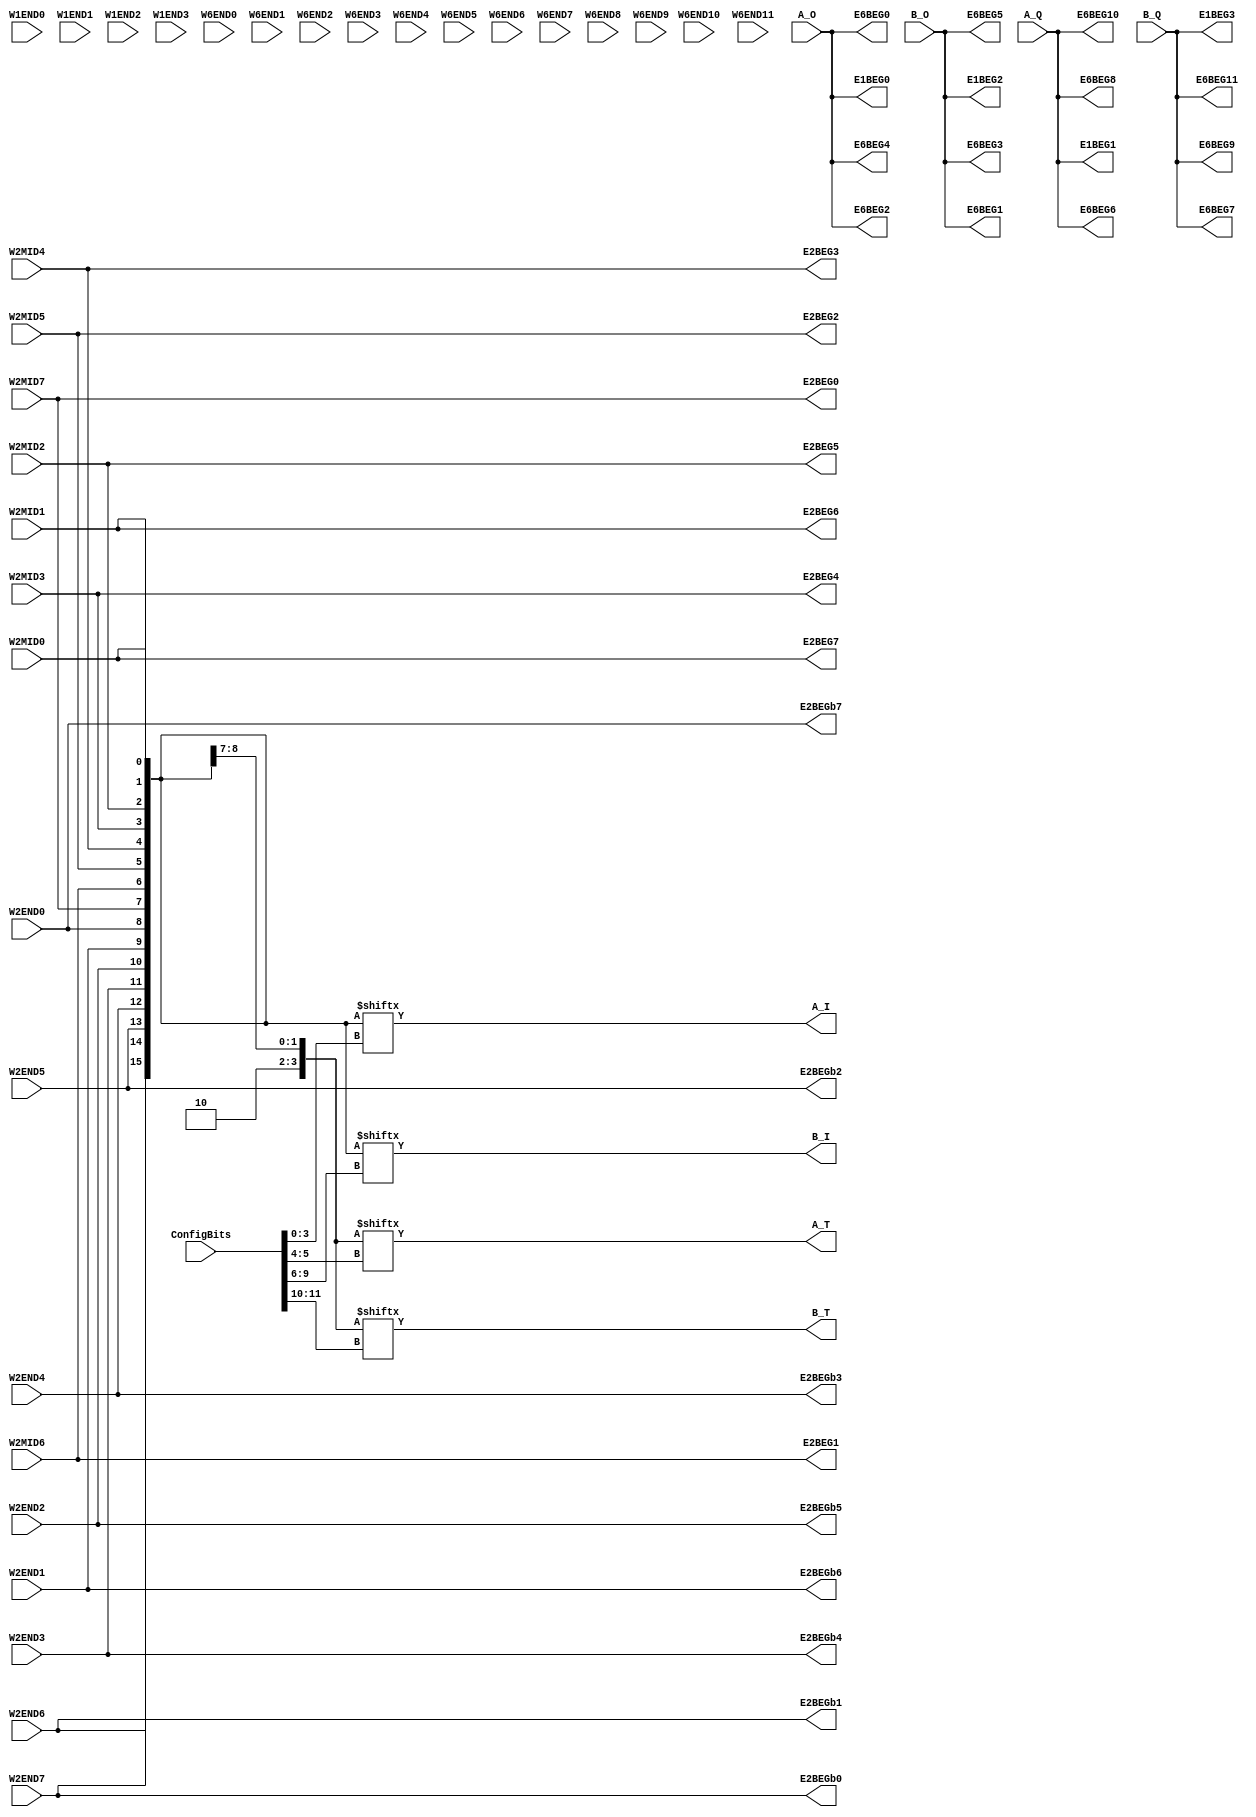
// Copyright 2021 University of Manchester
//
// Licensed under the Apache License, Version 2.0 (the "License");
// you may not use this file except in compliance with the License.
// You may obtain a copy of the License at
//
//      http://www.apache.org/licenses/LICENSE-2.0
//
// Unless required by applicable law or agreed to in writing, software
// distributed under the License is distributed on an "AS IS" BASIS,
// WITHOUT WARRANTIES OR CONDITIONS OF ANY KIND, either express or implied.
// See the License for the specific language governing permissions and
// limitations under the License.

//NumberOfConfigBits:12
module W_IO_switch_matrix (W1END0, W1END1, W1END2, W1END3, W2MID0, W2MID1, W2MID2, W2MID3, W2MID4, W2MID5, W2MID6, W2MID7, W2END0, W2END1, W2END2, W2END3, W2END4, W2END5, W2END6, W2END7, W6END0, W6END1, W6END2, W6END3, W6END4, W6END5, W6END6, W6END7, W6END8, W6END9, W6END10, W6END11, A_O, A_Q, B_O, B_Q, E1BEG0, E1BEG1, E1BEG2, E1BEG3, E2BEG0, E2BEG1, E2BEG2, E2BEG3, E2BEG4, E2BEG5, E2BEG6, E2BEG7, E2BEGb0, E2BEGb1, E2BEGb2, E2BEGb3, E2BEGb4, E2BEGb5, E2BEGb6, E2BEGb7, E6BEG0, E6BEG1, E6BEG2, E6BEG3, E6BEG4, E6BEG5, E6BEG6, E6BEG7, E6BEG8, E6BEG9, E6BEG10, E6BEG11, A_I, A_T, B_I, B_T, ConfigBits);
	parameter NoConfigBits = 12;
	 // switch matrix inputs
	input W1END0;
	input W1END1;
	input W1END2;
	input W1END3;
	input W2MID0;
	input W2MID1;
	input W2MID2;
	input W2MID3;
	input W2MID4;
	input W2MID5;
	input W2MID6;
	input W2MID7;
	input W2END0;
	input W2END1;
	input W2END2;
	input W2END3;
	input W2END4;
	input W2END5;
	input W2END6;
	input W2END7;
	input W6END0;
	input W6END1;
	input W6END2;
	input W6END3;
	input W6END4;
	input W6END5;
	input W6END6;
	input W6END7;
	input W6END8;
	input W6END9;
	input W6END10;
	input W6END11;
	input A_O;
	input A_Q;
	input B_O;
	input B_Q;
	output E1BEG0;
	output E1BEG1;
	output E1BEG2;
	output E1BEG3;
	output E2BEG0;
	output E2BEG1;
	output E2BEG2;
	output E2BEG3;
	output E2BEG4;
	output E2BEG5;
	output E2BEG6;
	output E2BEG7;
	output E2BEGb0;
	output E2BEGb1;
	output E2BEGb2;
	output E2BEGb3;
	output E2BEGb4;
	output E2BEGb5;
	output E2BEGb6;
	output E2BEGb7;
	output E6BEG0;
	output E6BEG1;
	output E6BEG2;
	output E6BEG3;
	output E6BEG4;
	output E6BEG5;
	output E6BEG6;
	output E6BEG7;
	output E6BEG8;
	output E6BEG9;
	output E6BEG10;
	output E6BEG11;
	output A_I;
	output A_T;
	output B_I;
	output B_T;
	//global
	input [NoConfigBits-1:0] ConfigBits;

	parameter GND0 = 1'b0;
	parameter GND = 1'b0;
	parameter VCC0 = 1'b1;
	parameter VCC = 1'b1;
	parameter VDD0 = 1'b1;
	parameter VDD = 1'b1;
	
	wire [1 -1:0]E1BEG0_input;
	wire [1 -1:0]E1BEG1_input;
	wire [1 -1:0]E1BEG2_input;
	wire [1 -1:0]E1BEG3_input;
	wire [1 -1:0]E2BEG0_input;
	wire [1 -1:0]E2BEG1_input;
	wire [1 -1:0]E2BEG2_input;
	wire [1 -1:0]E2BEG3_input;
	wire [1 -1:0]E2BEG4_input;
	wire [1 -1:0]E2BEG5_input;
	wire [1 -1:0]E2BEG6_input;
	wire [1 -1:0]E2BEG7_input;
	wire [1 -1:0]E2BEGb0_input;
	wire [1 -1:0]E2BEGb1_input;
	wire [1 -1:0]E2BEGb2_input;
	wire [1 -1:0]E2BEGb3_input;
	wire [1 -1:0]E2BEGb4_input;
	wire [1 -1:0]E2BEGb5_input;
	wire [1 -1:0]E2BEGb6_input;
	wire [1 -1:0]E2BEGb7_input;
	wire [1 -1:0]E6BEG0_input;
	wire [1 -1:0]E6BEG1_input;
	wire [1 -1:0]E6BEG2_input;
	wire [1 -1:0]E6BEG3_input;
	wire [1 -1:0]E6BEG4_input;
	wire [1 -1:0]E6BEG5_input;
	wire [1 -1:0]E6BEG6_input;
	wire [1 -1:0]E6BEG7_input;
	wire [1 -1:0]E6BEG8_input;
	wire [1 -1:0]E6BEG9_input;
	wire [1 -1:0]E6BEG10_input;
	wire [1 -1:0]E6BEG11_input;
	wire [16 -1:0]A_I_input;
	wire [4 -1:0]A_T_input;
	wire [16 -1:0]B_I_input;
	wire [4 -1:0]B_T_input;

	wire [4-1:0] DEBUG_select_A_I;
	wire [2-1:0] DEBUG_select_A_T;
	wire [4-1:0] DEBUG_select_B_I;
	wire [2-1:0] DEBUG_select_B_T;

// The configuration bits (if any) are just a long shift register

// This shift register is padded to an even number of flops/latches
// switch matrix multiplexer  E1BEG0 		MUX-1
	assign E1BEG0 = A_O;
// switch matrix multiplexer  E1BEG1 		MUX-1
	assign E1BEG1 = A_Q;
// switch matrix multiplexer  E1BEG2 		MUX-1
	assign E1BEG2 = B_O;
// switch matrix multiplexer  E1BEG3 		MUX-1
	assign E1BEG3 = B_Q;
// switch matrix multiplexer  E2BEG0 		MUX-1
	assign E2BEG0 = W2MID7;
// switch matrix multiplexer  E2BEG1 		MUX-1
	assign E2BEG1 = W2MID6;
// switch matrix multiplexer  E2BEG2 		MUX-1
	assign E2BEG2 = W2MID5;
// switch matrix multiplexer  E2BEG3 		MUX-1
	assign E2BEG3 = W2MID4;
// switch matrix multiplexer  E2BEG4 		MUX-1
	assign E2BEG4 = W2MID3;
// switch matrix multiplexer  E2BEG5 		MUX-1
	assign E2BEG5 = W2MID2;
// switch matrix multiplexer  E2BEG6 		MUX-1
	assign E2BEG6 = W2MID1;
// switch matrix multiplexer  E2BEG7 		MUX-1
	assign E2BEG7 = W2MID0;
// switch matrix multiplexer  E2BEGb0 		MUX-1
	assign E2BEGb0 = W2END7;
// switch matrix multiplexer  E2BEGb1 		MUX-1
	assign E2BEGb1 = W2END6;
// switch matrix multiplexer  E2BEGb2 		MUX-1
	assign E2BEGb2 = W2END5;
// switch matrix multiplexer  E2BEGb3 		MUX-1
	assign E2BEGb3 = W2END4;
// switch matrix multiplexer  E2BEGb4 		MUX-1
	assign E2BEGb4 = W2END3;
// switch matrix multiplexer  E2BEGb5 		MUX-1
	assign E2BEGb5 = W2END2;
// switch matrix multiplexer  E2BEGb6 		MUX-1
	assign E2BEGb6 = W2END1;
// switch matrix multiplexer  E2BEGb7 		MUX-1
	assign E2BEGb7 = W2END0;
// switch matrix multiplexer  E6BEG0 		MUX-1
	assign E6BEG0 = A_O;
// switch matrix multiplexer  E6BEG1 		MUX-1
	assign E6BEG1 = B_O;
// switch matrix multiplexer  E6BEG2 		MUX-1
	assign E6BEG2 = A_O;
// switch matrix multiplexer  E6BEG3 		MUX-1
	assign E6BEG3 = B_O;
// switch matrix multiplexer  E6BEG4 		MUX-1
	assign E6BEG4 = A_O;
// switch matrix multiplexer  E6BEG5 		MUX-1
	assign E6BEG5 = B_O;
// switch matrix multiplexer  E6BEG6 		MUX-1
	assign E6BEG6 = A_Q;
// switch matrix multiplexer  E6BEG7 		MUX-1
	assign E6BEG7 = B_Q;
// switch matrix multiplexer  E6BEG8 		MUX-1
	assign E6BEG8 = A_Q;
// switch matrix multiplexer  E6BEG9 		MUX-1
	assign E6BEG9 = B_Q;
// switch matrix multiplexer  E6BEG10 		MUX-1
	assign E6BEG10 = A_Q;
// switch matrix multiplexer  E6BEG11 		MUX-1
	assign E6BEG11 = B_Q;
// switch matrix multiplexer  A_I 		MUX-16
	assign A_I_input = {W2END7,W2END6,W2END5,W2END4,W2END3,W2END2,W2END1,W2END0,W2MID7,W2MID6,W2MID5,W2MID4,W2MID3,W2MID2,W2MID1,W2MID0};
	assign A_I = A_I_input[ConfigBits[3:0]];
 
// switch matrix multiplexer  A_T 		MUX-4
	assign A_T_input = {VCC0,GND0,W2END0,W2MID7};
	assign A_T = A_T_input[ConfigBits[5:4]];
 
// switch matrix multiplexer  B_I 		MUX-16
	assign B_I_input = {W2END7,W2END6,W2END5,W2END4,W2END3,W2END2,W2END1,W2END0,W2MID7,W2MID6,W2MID5,W2MID4,W2MID3,W2MID2,W2MID1,W2MID0};
	assign B_I = B_I_input[ConfigBits[9:6]];
 
// switch matrix multiplexer  B_T 		MUX-4
	assign B_T_input = {VCC0,GND0,W2END0,W2MID7};
	assign B_T = B_T_input[ConfigBits[11:10]];
 
	assign DEBUG_select_A_I = ConfigBits[3:0];
	assign DEBUG_select_A_T = ConfigBits[5:4];
	assign DEBUG_select_B_I = ConfigBits[9:6];
	assign DEBUG_select_B_T = ConfigBits[11:10];

endmodule